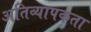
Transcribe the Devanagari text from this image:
अतिव्यापकता